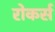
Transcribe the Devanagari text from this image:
रोकर्स